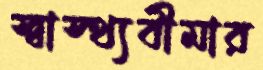
স্বাস্থ্যবীমার